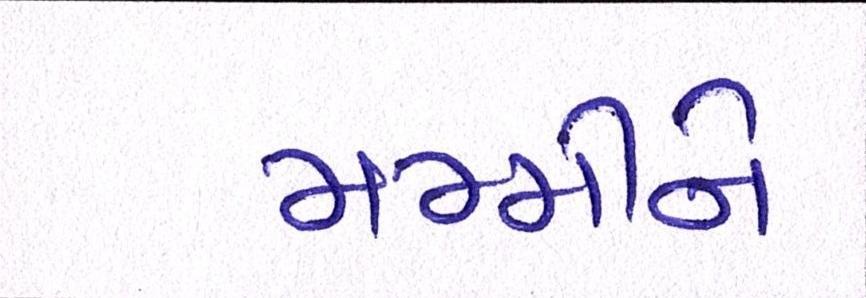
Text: મમ્મીને